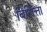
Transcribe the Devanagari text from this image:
बिगिंत्ता